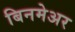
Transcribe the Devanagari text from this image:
बिनमेअर